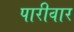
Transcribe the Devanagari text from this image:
पारीवार